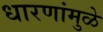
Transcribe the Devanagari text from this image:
धारणांमुळे